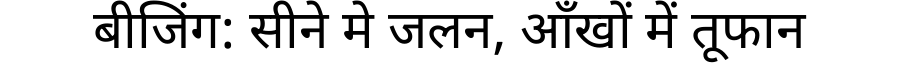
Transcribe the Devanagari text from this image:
बीजिंग: सीने मे जलन, आँखों में तूफान